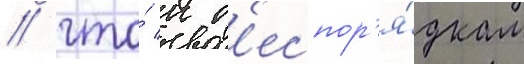
/ что́ к б'еспор'я́дкам